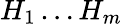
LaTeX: H_{1}\ldots H_{m}